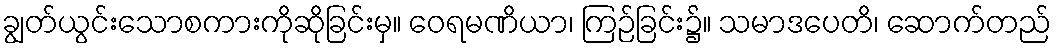
ချွတ်ယွင်းသောစကားကိုဆိုခြင်းမှ။ ဝေရမဏိယာ၊ ကြဉ်ခြင်း၌။ သမာဒပေတိ၊ ဆောက်တည်